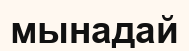
мынадай